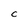
Character: C